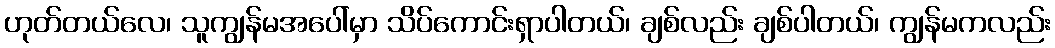
ဟုတ်တယ်လေ၊ သူကျွန်မအပေါ်မှာ သိပ်ကောင်းရှာပါတယ်၊ ချစ်လည်း ချစ်ပါတယ်၊ ကျွန်မကလည်း